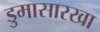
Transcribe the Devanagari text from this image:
डुमासारखा